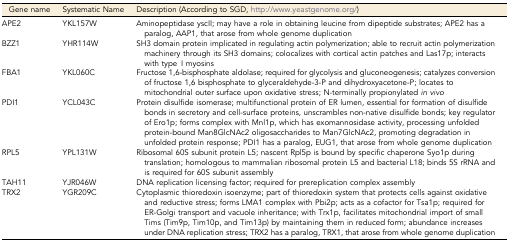
| Gene name | Systematic Name | Description (According to SGD, http://www.yeastgenome.org/) |
 | --- | --- | --- |
 | APE2 | YKL157W | Aminopeptidase yscII; may have a role in obtaining leucine from dipeptide substrates; APE2 has a paralog, AAP1, that arose from whole genome duplication |
 | BZZ1 | YHR114W | SH3 domain protein implicated in regulating actin polymerization; able to recruit actin polymerization machinery through its SH3 domains; colocalizes with cortical actin patches and Las17p; interacts with type I myosins |
 | FBA1 | YKL060C | Fructose 1,6-bisphosphate aldolase; required for glycolysis and gluconeogenesis; catalyzes conversion of fructose 1,6 bisphosphate to glyceraldehyde-3-P and dihydroxyacetone-P; locates to mitochondrial outer surface upon oxidative stress; N-terminally propionylated in vivo |
 | PDI1 | YCL043C | Protein disulfide isomerase; multifunctional protein of ER lumen, essential for formation of disulfide bonds in secretory and cell-surface proteins, unscrambles non-native disulfide bonds; key regulator of Ero1p; forms complex with Mnl1p, which has exomannosidase activity, processing unfolded protein-bound Man8GlcNAc2 oligosaccharides to Man7GlcNAc2, promoting degradation in unfolded protein response; PDI1 has a paralog, EUG1, that arose from whole genome duplication |
 | RPL5 | YPL131W | Ribosomal 60S subunit protein L5; nascent Rpl5p is bound by specific chaperone Syo1p during translation; homologous to mammalian ribosomal protein L5 and bacterial L18; binds 5S rRNA and is required for 60S subunit assembly |
 | TAH11 | YJR046W | DNA replication licensing factor; required for prereplication complex assembly |
 | TRX2 | YGR209C | Cytoplasmic thioredoxin isoenzyme; part of thioredoxin system that protects cells against oxidative and reductive stress; forms LMA1 complex with Pbi2p; acts as a cofactor for Tsa1p; required for ER-Golgi transport and vacuole inheritance; with Trx1p, facilitates mitochondrial import of small Tims (Tim9p, Tim10p, and Tim13p) by maintaining them in reduced form; abundance increases under DNA replication stress; TRX2 has a paralog, TRX1, that arose from whole genome duplication |